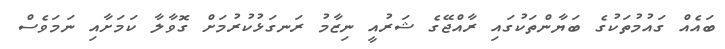
ބައެއް ގައުމުތަކުގެ ބަޔާންތަކުގައި ރާއްޖޭގެ ޝަރުއީ ނިޒާމު ރަނގަޅުކުރުމަށް ގޮވާލާ ކަމަށާއި ނަމަވެސް